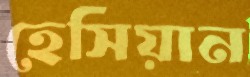
হেসিয়ান